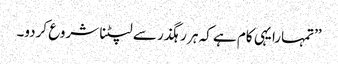
’’تمہارا یہی کام ہے کہ ہر رہگذر سے لپٹنا شروع کردو۔